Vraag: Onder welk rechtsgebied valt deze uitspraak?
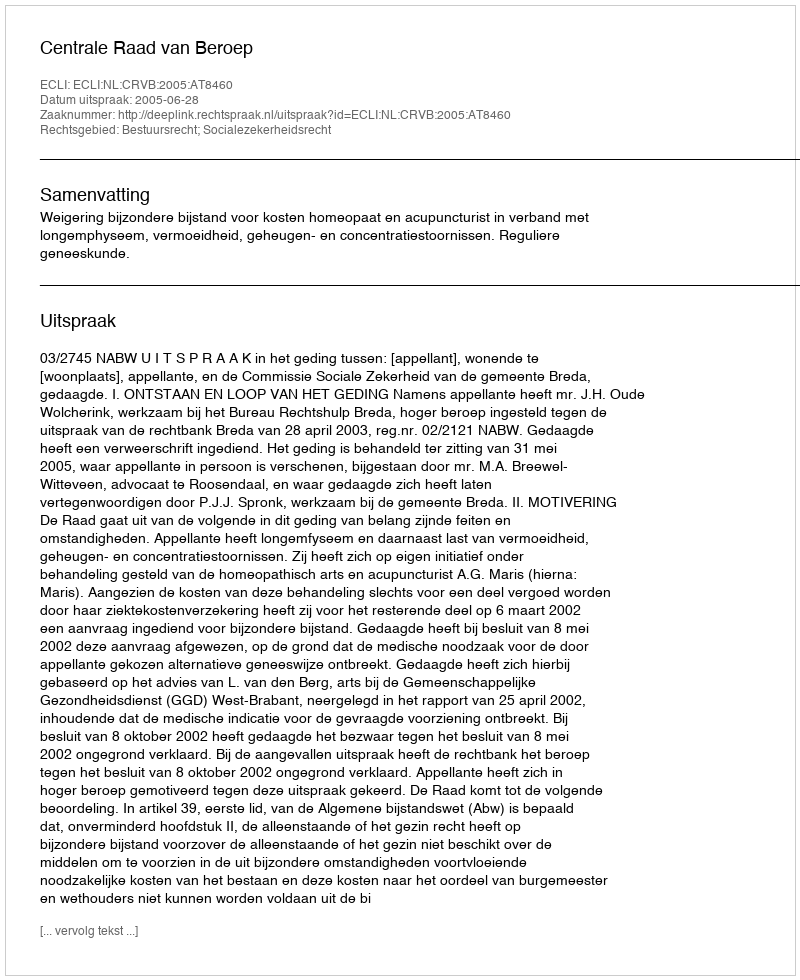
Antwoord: Bestuursrecht; Socialezekerheidsrecht